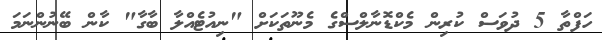
ހަފްތާ 5 ދުވަސް ކުރިން މެކްޑޮނާލްސްގެ މެނޫތަކަށް "ނިއުޓެއްލާ ބާގާ" ކާން ބޭނުންނަމަ